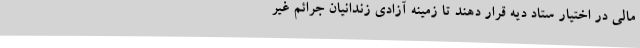
مالی در اختیار ستاد دیه قرار دهند تا زمینه آزادی زندانیان جرائم غیر